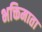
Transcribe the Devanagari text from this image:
भक्तिमाता